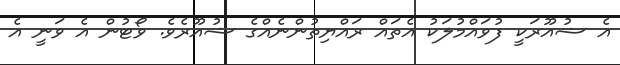
އެ ޝުއޫރަކީ ފުވައްމުލަކު އެތައް ރައްޔިތުންނެއްގެ ޝުއޫރެވެ. ވޯޓުން އެ ވަނީ އެ